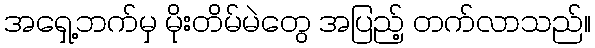
အရှေ့ဘက်မှ မိုးတိမ်မဲတွေ အပြည့် တက်လာသည်။